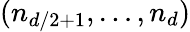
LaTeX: (n_{d/2+1},\ldots,n_{d})